Lunatic asylums Punjab 1881-1894 - 1881-1894
Year: 1881
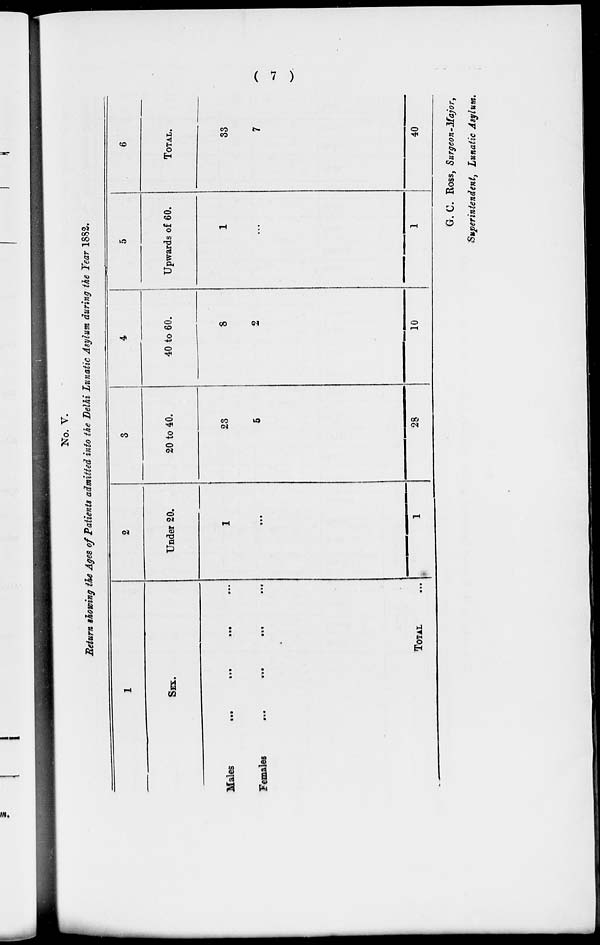
( 7 )
No. V.
Return showing the Ages of Patients admitted into the Delhi Lunatic Asylum during the Year 1882.
1
SEX.
Males
...
...
...
...
Females
...
...
...
...
TOTAL ...
2
Under 20.
1
...
1
3
20 to 40.
23
5
28
4
40 to 60.
8
2
10
5
Upwards of 60.
1
...
1
6
TOTAL.
33
7
40
G. C. ROSS, Surgeon-Major,
Superintendent, Lunatic Asylum.